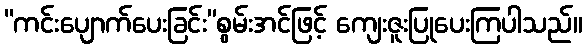
“ကင်းပျောက်ပေးခြင်း”စွမ်းအင်ဖြင့် ကျေးဇူးပြုပေးကြပါသည်။